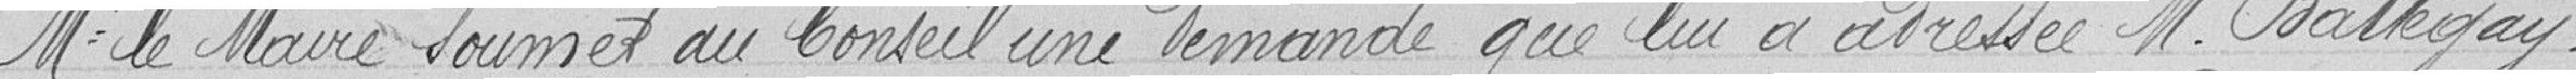
Mr le Maire soumet au Conseil une demande que lui a adressé M. Battegay